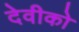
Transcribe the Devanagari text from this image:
देवीको